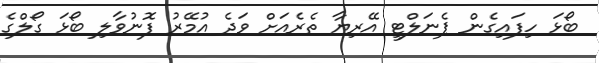
ބޯޅަ ހިފައިގެން ޕެނަލްޓީ އޭރިޔާ ތެރެއަށް ވަދެ އުމޭރު ފޮނުވާލި ބޯޅަ ގޯލްގެ